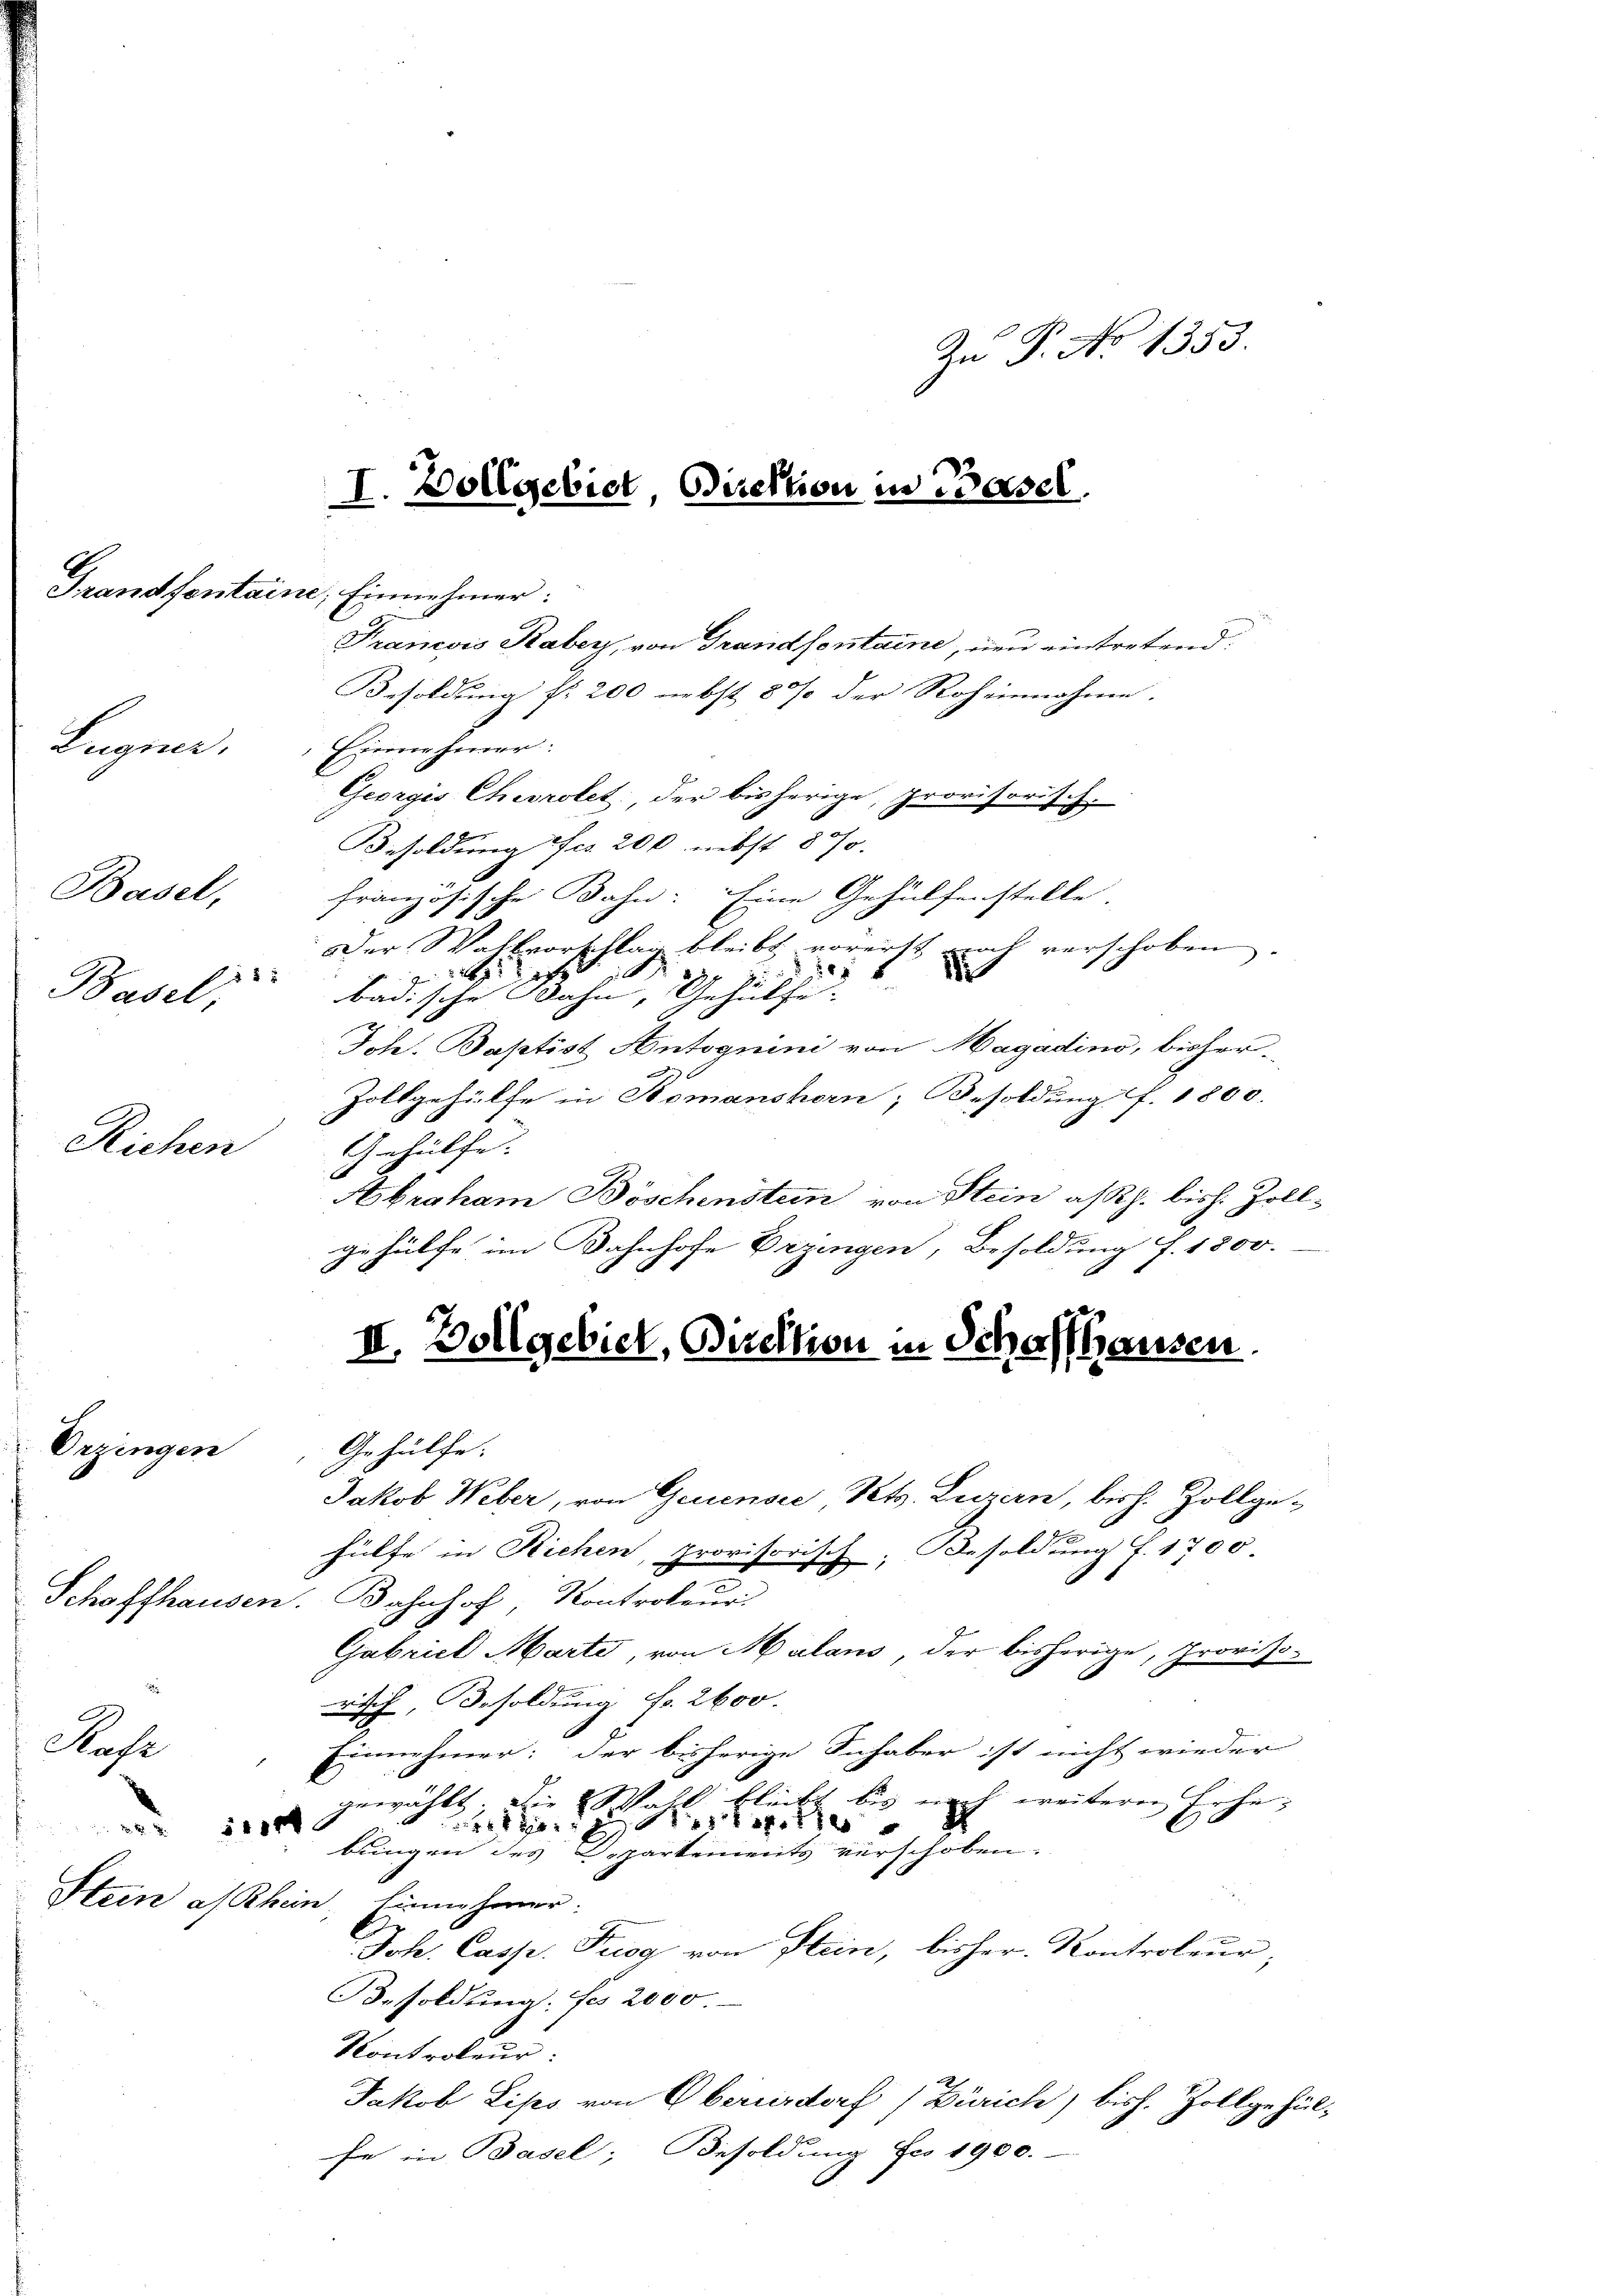
Lugner.

Basel,
8 x
Basel,

Richen

Stuse

Orzingen

Grandfenstaine, Einnehmer:

Zu P. No 1353.
I. Vollgebiet, Direktion in Basel.

Besoldung f. 200 nebst 80% der Roheinnahme.
Eierner heurer.
Georgis Chevrolet: der bisherige, provisorisch-
Besoldung Fr. 200 nebst 870.
französische Bahn: Eine Gehülfenstelle
Der Walkvorschlag bleibt vorerst noch verschoben
s
 4
zu
2
badische Bahn, Gehülfe- |
Joh. Baptist Antognini von Magadino, bisher¬
Zollgehülfe in Romanshorn, Besoldung f. 1800.
Gehülfe. |
Abraham Böschenstein von Stein assh. bish. Zollgehülfe im Bahnhofe Bringen, Besoldung f. 1800.
E
II. Vollgebiet, Direktion in Scher hausen

Francois Kaber, von Grandsontaine, und eintretend,

Gehülfe.
Jakob Weber, von Gruensee Kts. Luzern, bish. Zollgehülfe in Richen, provisorisch, Besoldung f. 1700
Schaffhausen. Bahnhof Kontroleur.
Gabriel Marti, von Malans, der bisherige, Provisorisch Besoldung Fr. 2600.
Einnehmer: der bisherige Inhaber ist nicht wieder
gewählt, die Wall bleibt bis nach weiterer Erhe¬
 xxx
4 x 24 x
bungen des Departements verschoben.
Stein a/Rhein, Einnahmer.
Joh. Casp. Trog von Stein, bisher. Kontroleur,
Besoldung: fr 2000
Kontroleur:
Jakob Lips von Oberurdorf (Zürich) bish. Zollgehülfe in Basel; Besoldung Fr. 1900.